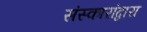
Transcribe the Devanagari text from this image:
संस्कारांद्वारा